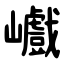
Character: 巇